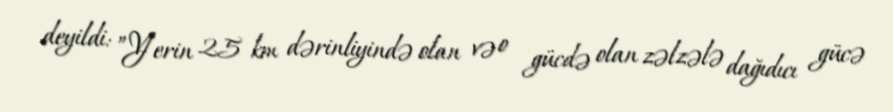
deyildi: ”Yerin 25 km dərinliyində olan və o gücdə olan zəlzələ dağıdıcı gücə